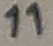
Text: 11